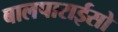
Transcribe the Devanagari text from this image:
बालपाराईसो